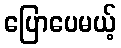
ပြောပေမယ့်